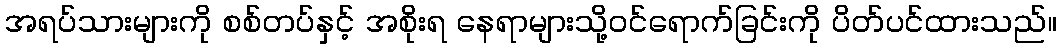
အရပ်သားများကို စစ်တပ်နှင့် အစိုးရ နေရာများသို့ဝင်ရောက်ခြင်းကို ပိတ်ပင်ထားသည်။